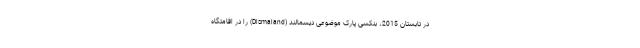
در تابستان 2015، بنکسی پارک موضوعی دیسمالند (Dismaland) را در اقامتگاه